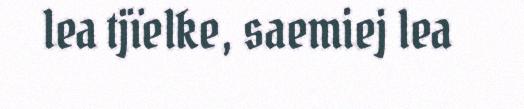
lea tjïelke, saemiej lea